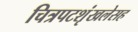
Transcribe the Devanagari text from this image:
चित्रपटशृंखलेसह